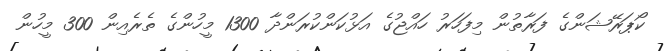
ކޯޕަރޭޝަންގެ ފަރާތުން މިފަހަރު ހައްޖުގެ އަޅުކަންކުރަންދާ 1300 މީހުންގެ ތެރެއިން 300 މީހުން